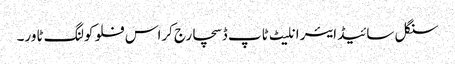
سنگل سائیڈ ایئر انلیٹ ٹاپ ڈسچارج کراس فلو کولنگ ٹاور۔